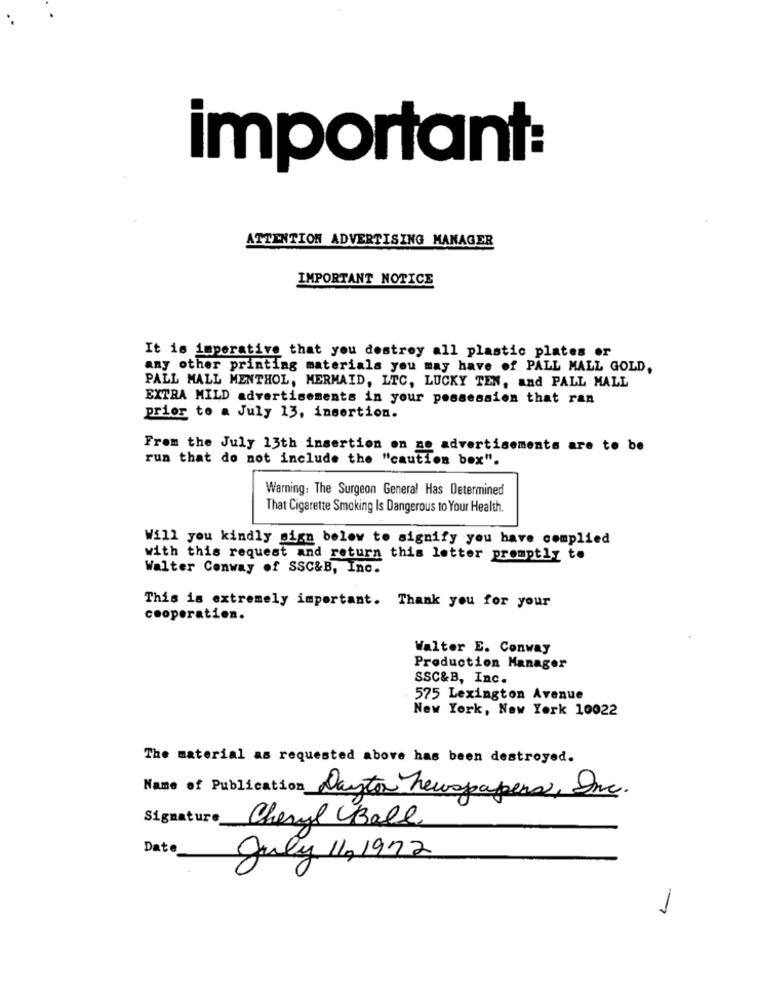
important:
ATTENTION ADVERTISING MANAGER
IMPORTANT NOTICE
It is imperative that you destroy all plastic plates or
any other printing materials you may have of PALL MALL GOLD,
PALL MALL MENTHOL, MERMAID, LTC, LUCKY TEN, and PALL MALL
EXTRA MILD advertisements in your possession that ran
prior to a July 13, insertion.
From the July 13th insertion on ne advertisements are to be
run that do not include the "caution box".
Warning: The Surgeon General Has Determined
That Cigarette Smoking Is Dangerous to Your Health.
Will you kindly sign below to signify you have complied
with this request and return this letter promptly to
Walter Conway of SSC&B, Inc.
This is extremely important. Thank you for your
cooperation.
Walter E. Conway
Production Manager
SSC&B, Inc.
575 Lexington Avenue
New York, New York 10022
The material as requested above has been destroyed.
Name of Publication Dayton newspapers, Inc.
Signature
Cheryl Ball
Date
July 11.1972